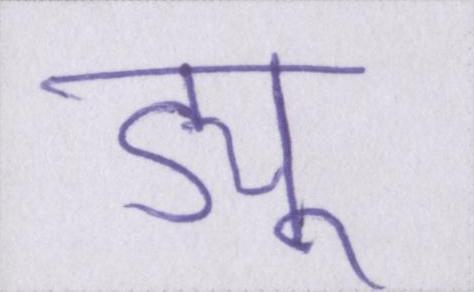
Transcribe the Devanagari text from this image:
ड्यू